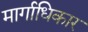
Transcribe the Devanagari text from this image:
मार्गाधिकार